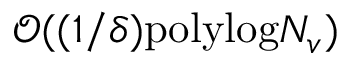
\mathcal { O } ( ( 1 / \delta ) \mathrm { p o l y l o g } N _ { v } )